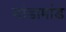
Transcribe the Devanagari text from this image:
मांडामांड